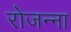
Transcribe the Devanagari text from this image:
रोजन्ना